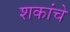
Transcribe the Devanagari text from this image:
शकांचे